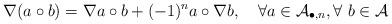
LaTeX: \begin{align*}\nabla (a\circ b)=\nabla a\circ b+(-1)^na\circ \nabla b,\quad \forall a\in {\cal A}_{\bullet ,n},\forall ~b\in {\cal A}\end{align*}